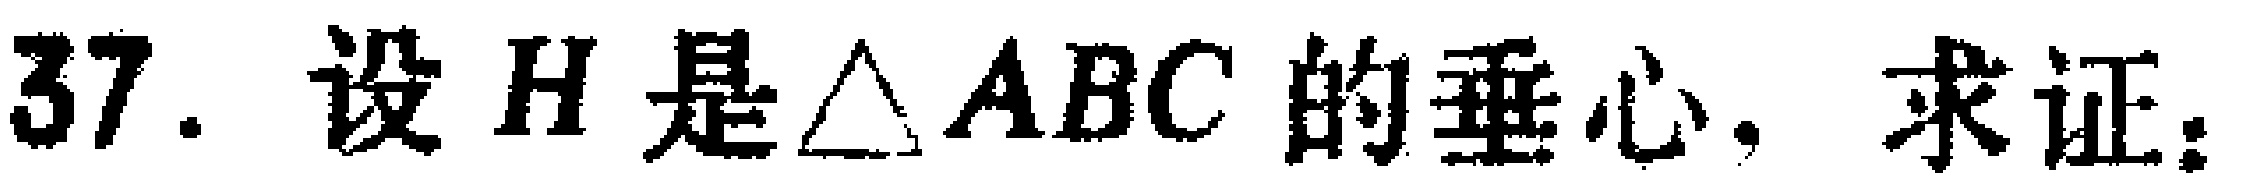
37. 设 \(H\) 是\(\triangle ABC\) 的垂心. 求证: